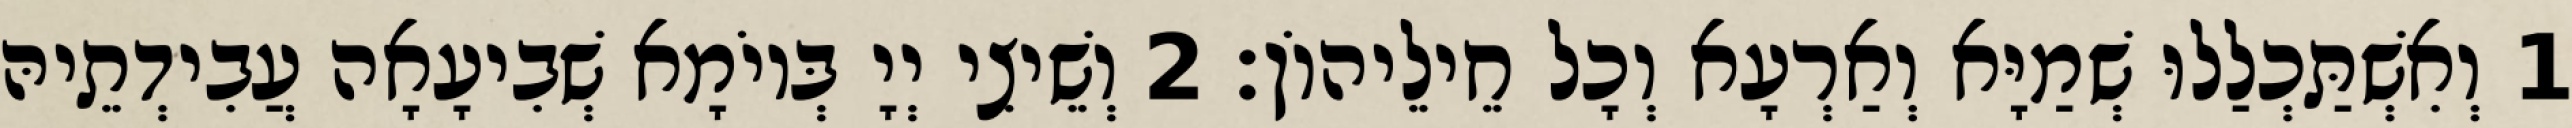
1 וְאִשְׁתַּכְלַלוּ שְׁמַיָּא וְאַרְעָא וְכָל חֵילֵיהוֹן׃ 2 וְשֵׁיצִי יְיָ בְּיוֹמָא שְׁבִיעָאָה עֲבִידְתֵיהּ